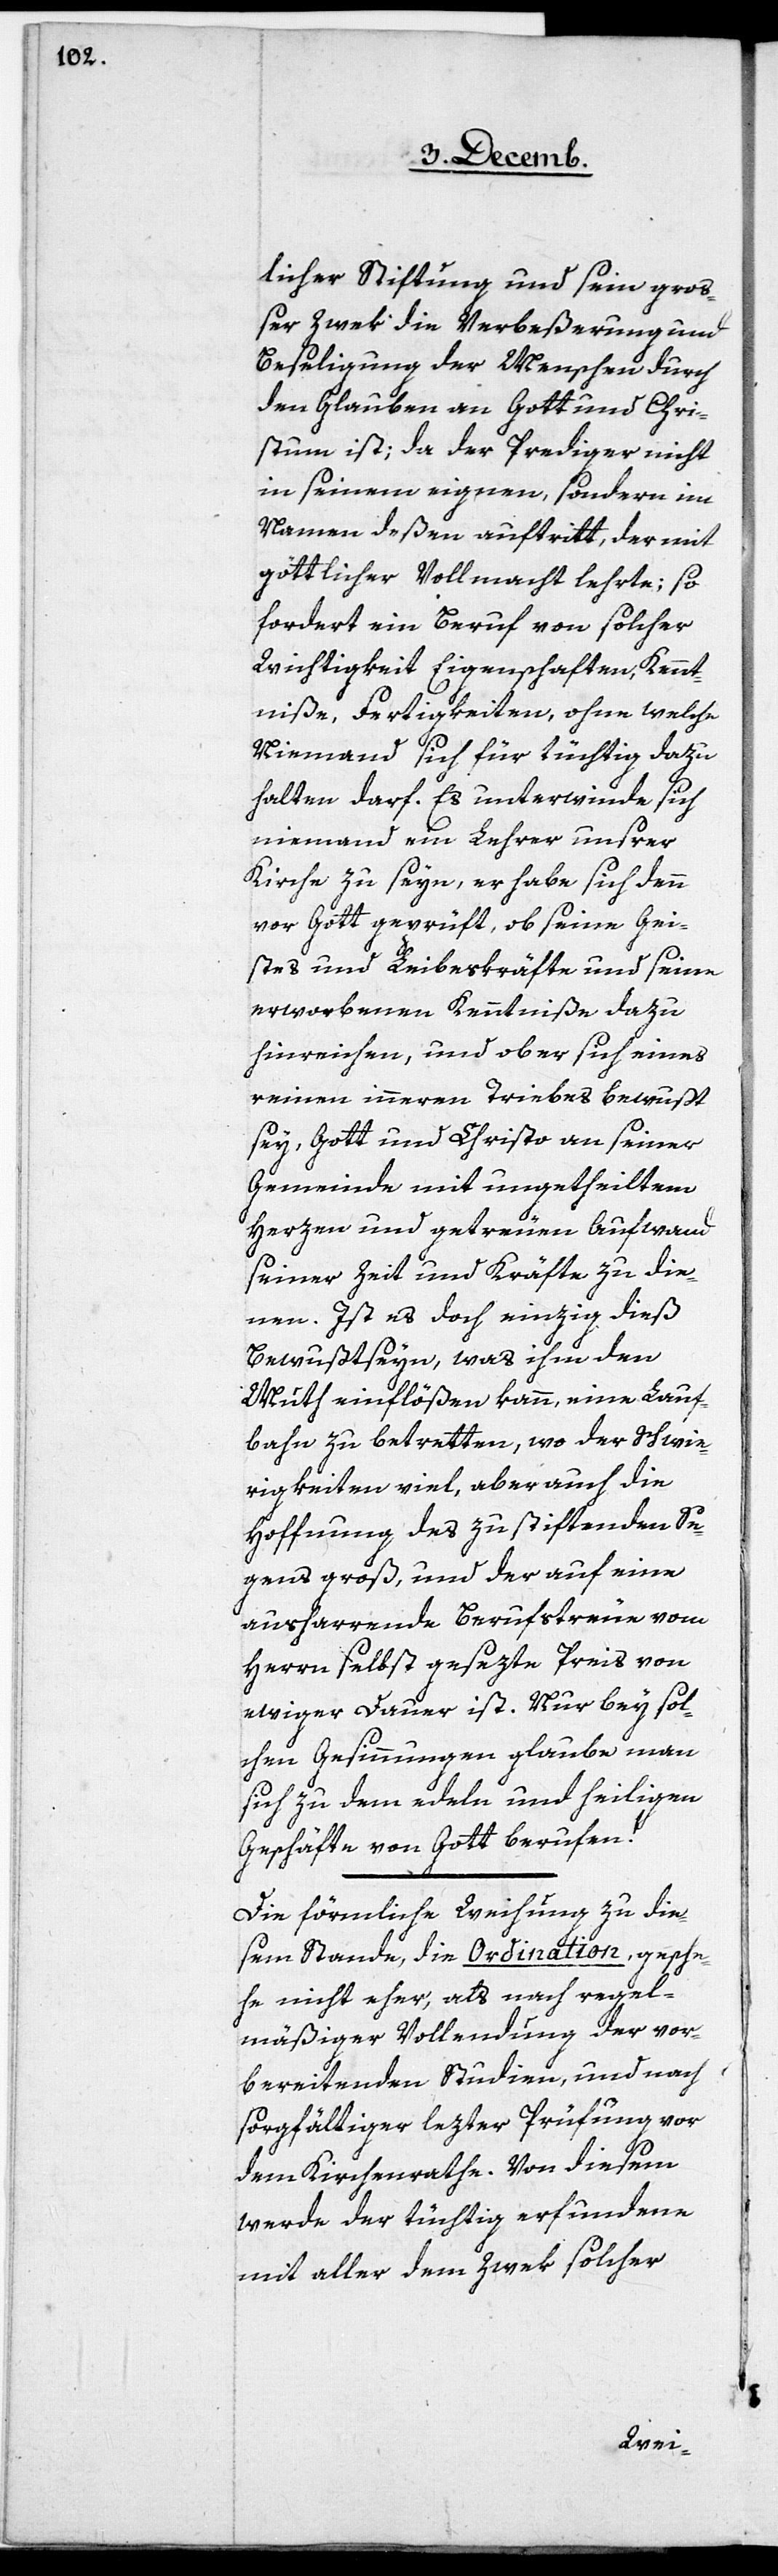
licher Stiftung und sein groß¬
er Zwek die Verbeßerung und
Beseligung der Menschen durch
den Glauben an Gott und Chri¬
stum ist; da der Prediger nicht
in seinem eignen, sondern im
Namen deßen auftritt, der mit
göttlicher Vollmacht lehrte; so
fordert ein Beruf von solcher
Wichtigkeit Eigenschaften, Kennt¬
niße, Fertigkeiten, ohne welche
Niemand sich für tüchtig dazu
halten darf. Es unterwinde sich
niemand ein Lehrer unsrer
Kirche zu seyn, er habe sich denn
vor Gott geprüft, ob seine Gei¬
stes- und Leibeskräfte und seine
erworbenen Kenntniße dazu
hinreichen, und ob er sich eines
reinen inneren Triebes bewußt
sey, Gott und Christo an seiner
Gemeinde mit ungetheiltem
Herzen und getreuen Aufwand
seiner Zeit und Kräfte zu die¬
nen. Ist es doch einzig dies
Bewußtseyn, was ihm den
Muth einflößen kann, eine Lauf¬
bahn zu betretten, wo der Schwie¬
rigkeiten viel, aber auch die
Hoffnung des zu stiftenden Se¬
gens groß, und der auf eine
ausharrende Berufstreue vom
Herrn selbst gesezte Preis von
ewiger Dauer ist. Nur bey sol¬
chen Gesinnungen glaube man
sich zu dem edeln und heiligen
Geschäfte von Gott berufen!
Die förmliche Weihung zu die¬
sem Stande, die Ordination, gesche¬
he nicht eher, als nach regel¬
mäßiger Vollendung der vor¬
bereitenden Studien, und nach
sorgfältiger lezter Prüfung vor
dem Kirchenrathe. Von diesem
werde der tüchtig erfundene
mit aller dem Zwek solcher